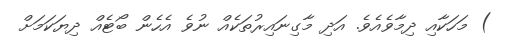
) މަހަކާއި ދިމާވެއެވެ. އަދި މާގިނައިރުތަކެއް ނުވެ އެހެން ބޯޓެއް ދިޔަކަމަށް